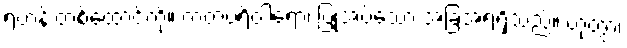
ရဟန်းတစ်ထောင်ကို။ ကတပရိဝါရော၊ ပြုအပ်သော အခြံအရံရှိသည်။ ဟုတွာ၊